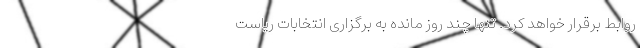
روابط برقرار خواهد کرد. تنها چند روز مانده به برگزاری انتخابات ریاست